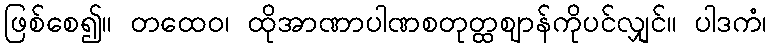
ဖြစ်စေ၍။ တထေဝ၊ ထိုအာဏာပါဏစတုတ္ထဈာန်ကိုပင်လျှင်။ ပါဒကံ၊